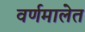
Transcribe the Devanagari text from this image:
वर्णमालेत